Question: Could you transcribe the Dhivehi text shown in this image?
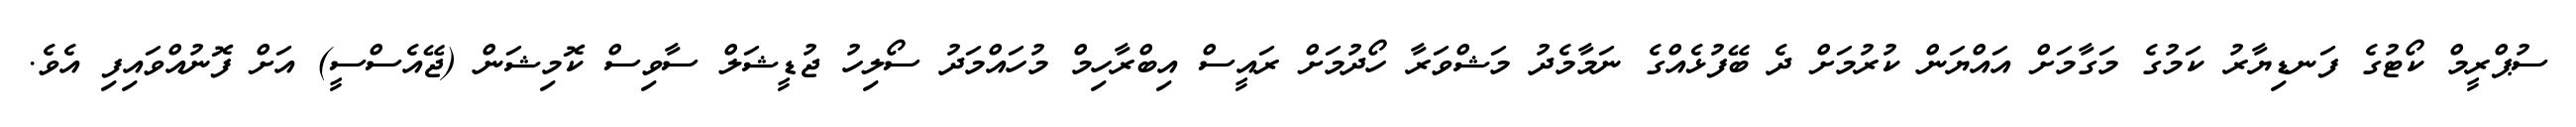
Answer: ސުޕްރީމް ކޯޓުގެ ފަނޑިޔާރު ކަމުގެ މަގާމަށް އައްޔަން ކުރުމަށް ދެ ބޭފުޅެއްގެ ނަމާމެދު މަޝްވަރާ ހޯދުމަށް ރައީސް އިބްރާހިމް މުހައްމަދު ސޯލިހު ޖުޑީޝަލް ސާވިސް ކޮމިޝަން (ޖޭއެސްސީ) އަށް ފޮނުއްވައިފި އެވެ.